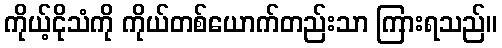
ကိုယ့်ငိုသံကို ကိုယ်တစ်ယောက်တည်းသာ ကြားရသည်။